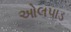
ઓલપાડ